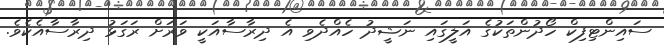
ސައިންޓިފިކް ހޯދުންތަކުގެ އަލީގައި ނަޝީދު ހެއްދެވި އެ ދިރާސާއަކީ ވަރަށް ރަގަޅު ދިރާސާއެކެވެ.